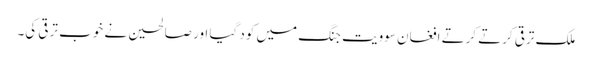
ملک ترقی کرتے کرتے افغان سوویت جنگ میں کود گیا اور صالحین نے خوب ترقی کی۔